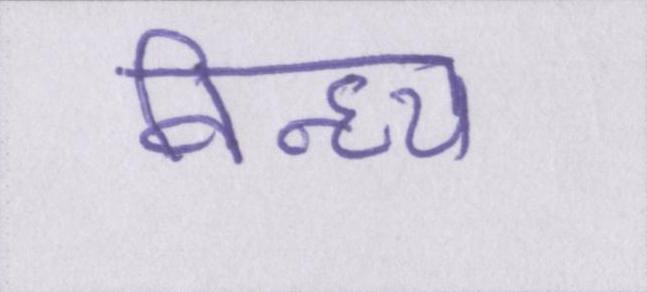
विन्ध्य